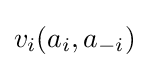
v_{i}(a_{i},a_{-i})